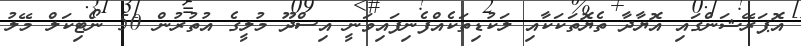
އޮޕަރޭޝަންގައި އޮޔާދާ ތެޔޮތަކަކާއި ލަކުޑިތަކެއްފެނިފައިވަނީ އިސްދޫ މުލީގެ އުތުރުން 50 ނޯޓިކަލް މޭލު